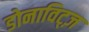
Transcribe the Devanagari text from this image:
डोनाविट्ज़